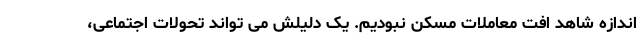
اندازه شاهد افت معاملات مسکن نبودیم. یک دلیلش می تواند تحولات اجتماعی،